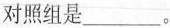
对照组是___。